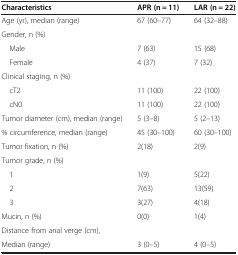
| Characteristics | APR (n = 11) | LAR (n = 22) |
 | --- | --- | --- |
 | Age (yr), median (range) | 67 (60–77) | 64 (32–88) |
 | Gender, n (%) |  |  |
 | Male | 7 (63) | 15 (68) |
 | Female | 4 (37) | 7 (32) |
 | Clinical staging, n (%) |  |  |
 | cT2 | 11 (100) | 22 (100) |
 | cN0 | 11 (100) | 22 (100) |
 | Tumor diameter (cm), median (range) | 5 (3–8) | 5 (2–13) |
 | % circumference, median (range) | 45 (30–100) | 60 (30–100) |
 | Tumor fixation, n (%) | 2(18) | 2(9) |
 | Tumor grade, n (%) |  |  |
 | 1 | 1(9) | 5(22) |
 | 2 | 7(63) | 13(59) |
 | 3 | 3(27) | 4(18) |
 | Mucin, n (%) | 0(0) | 1(4) |
 | Distance from anal verge (cm), |  |  |
 | Median (range) | 3 (0–5) | 4 (0–5) |